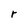
Character: r